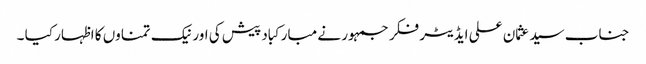
جناب سید عثمان علی ایڈیٹر فکر جمہور نے مبارکباد پیش کی اور نیک تمناوں کا اظہار کیا ۔